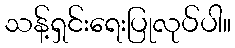
သန့်ရှင်းရေးပြုလုပ်ပါ။